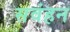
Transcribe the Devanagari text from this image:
सवंहन